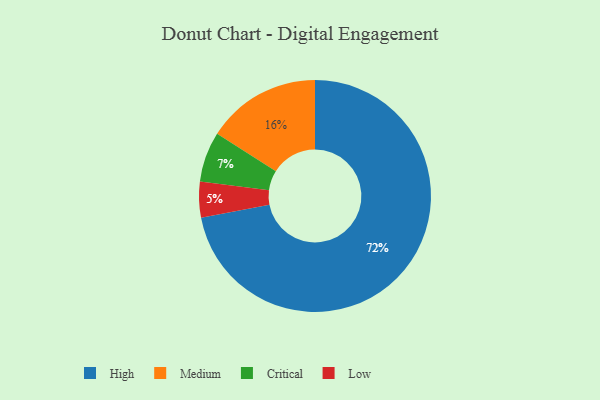
{"axis": {"x": "Category", "y": "Percentage"}, "legend": ["Critical", "High", "Low", "Medium"], "data": [{"x": "High", "y": 72, "type": "High"}, {"x": "Medium", "y": 16, "type": "Medium"}, {"x": "Critical", "y": 7, "type": "Critical"}, {"x": "Low", "y": 5, "type": "Low"}]}